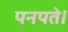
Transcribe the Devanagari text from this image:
पनपते।